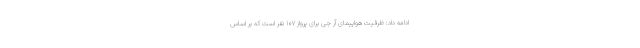
ادامه داد: ظرفیت هواپیمای آر جی برای پرواز ۱۰۷ نفر است که بر اساس